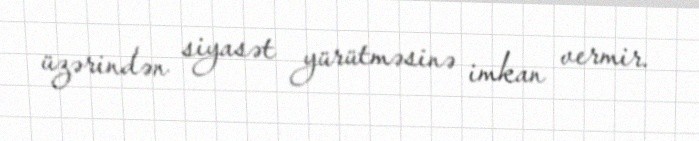
üzərindən siyasət yürütməsinə imkan vermir.